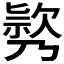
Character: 𣤃